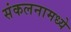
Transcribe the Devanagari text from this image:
संकलनामध्ये